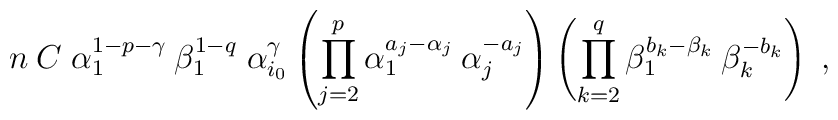
n \:C \;\alpha_1^{1-p-\gamma} \:\beta_1^{1-q}\;\alpha_{i_0}^\gamma\left( \prod_{j=2}^p \alpha_1^{a_j - \alpha_j} \:\alpha_j^{-a_j} \right)\left( \prod_{k=2}^q \beta_1^{b_k-\beta_k} \:\beta_k^{-b_k} \right)\;,